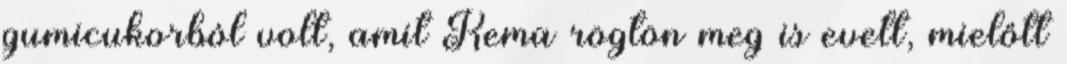
gumicukorból volt, amit Kema rögtön meg is evett, mielőtt